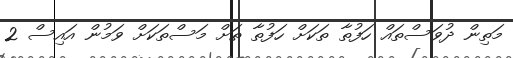
މަތިން ދުވަސްތައް ހަފުތާ ތަކަށް ހަފުތާ ތަށް މަސްތަކަށް ވަމުން އައިސް 2